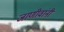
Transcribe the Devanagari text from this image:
जाणीवांनी